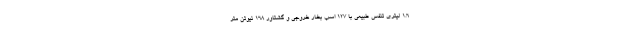
1.6 لیتری تنفس طبیعی با 127 اسب بخار خروجی و گشتاور 168 نیوتن متر